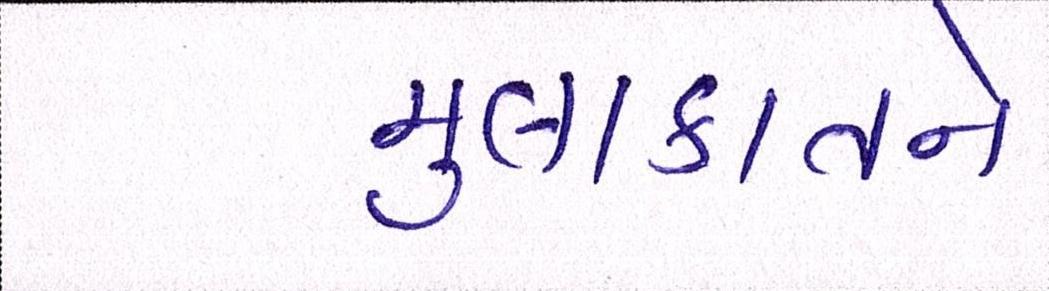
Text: મુલાકાતને